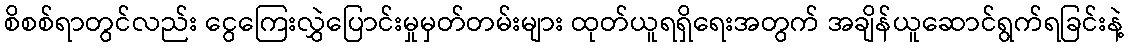
စိစစ်ရာတွင်လည်း ငွေကြေးလွှဲပြောင်းမှုမှတ်တမ်းများ ထုတ်ယူရရှိရေးအတွက် အချိန်ယူဆောင်ရွက်ရခြင်းနဲ့